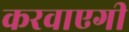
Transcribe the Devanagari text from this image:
करवाएगी